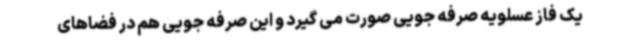
یک فاز عسلویه صرفه جویی صورت می گیرد و این صرفه جویی هم در فضاهای